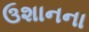
ઉશાનના